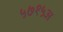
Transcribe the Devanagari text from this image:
५७१५अ